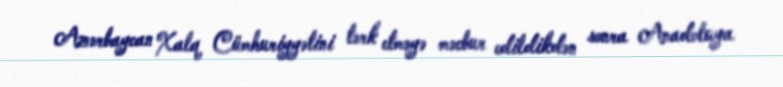
Azərbaycan Xalq Cümhuriyyətini tərk etməyə məcbur edildikdən sonra Anadoluya